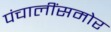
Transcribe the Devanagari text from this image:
पंचालींसमोर